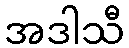
အဒါသီ